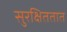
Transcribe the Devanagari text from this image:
सुरक्षिततात